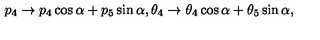
p _ { 4 } \rightarrow p _ { 4 } \cos { \alpha } + p _ { 5 } \sin { \alpha } , \theta _ { 4 } \rightarrow \theta _ { 4 } \cos { \alpha } + \theta _ { 5 } \sin { \alpha } ,